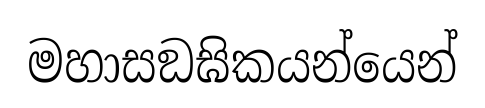
මහාසඞඝිකයන්යෙන්